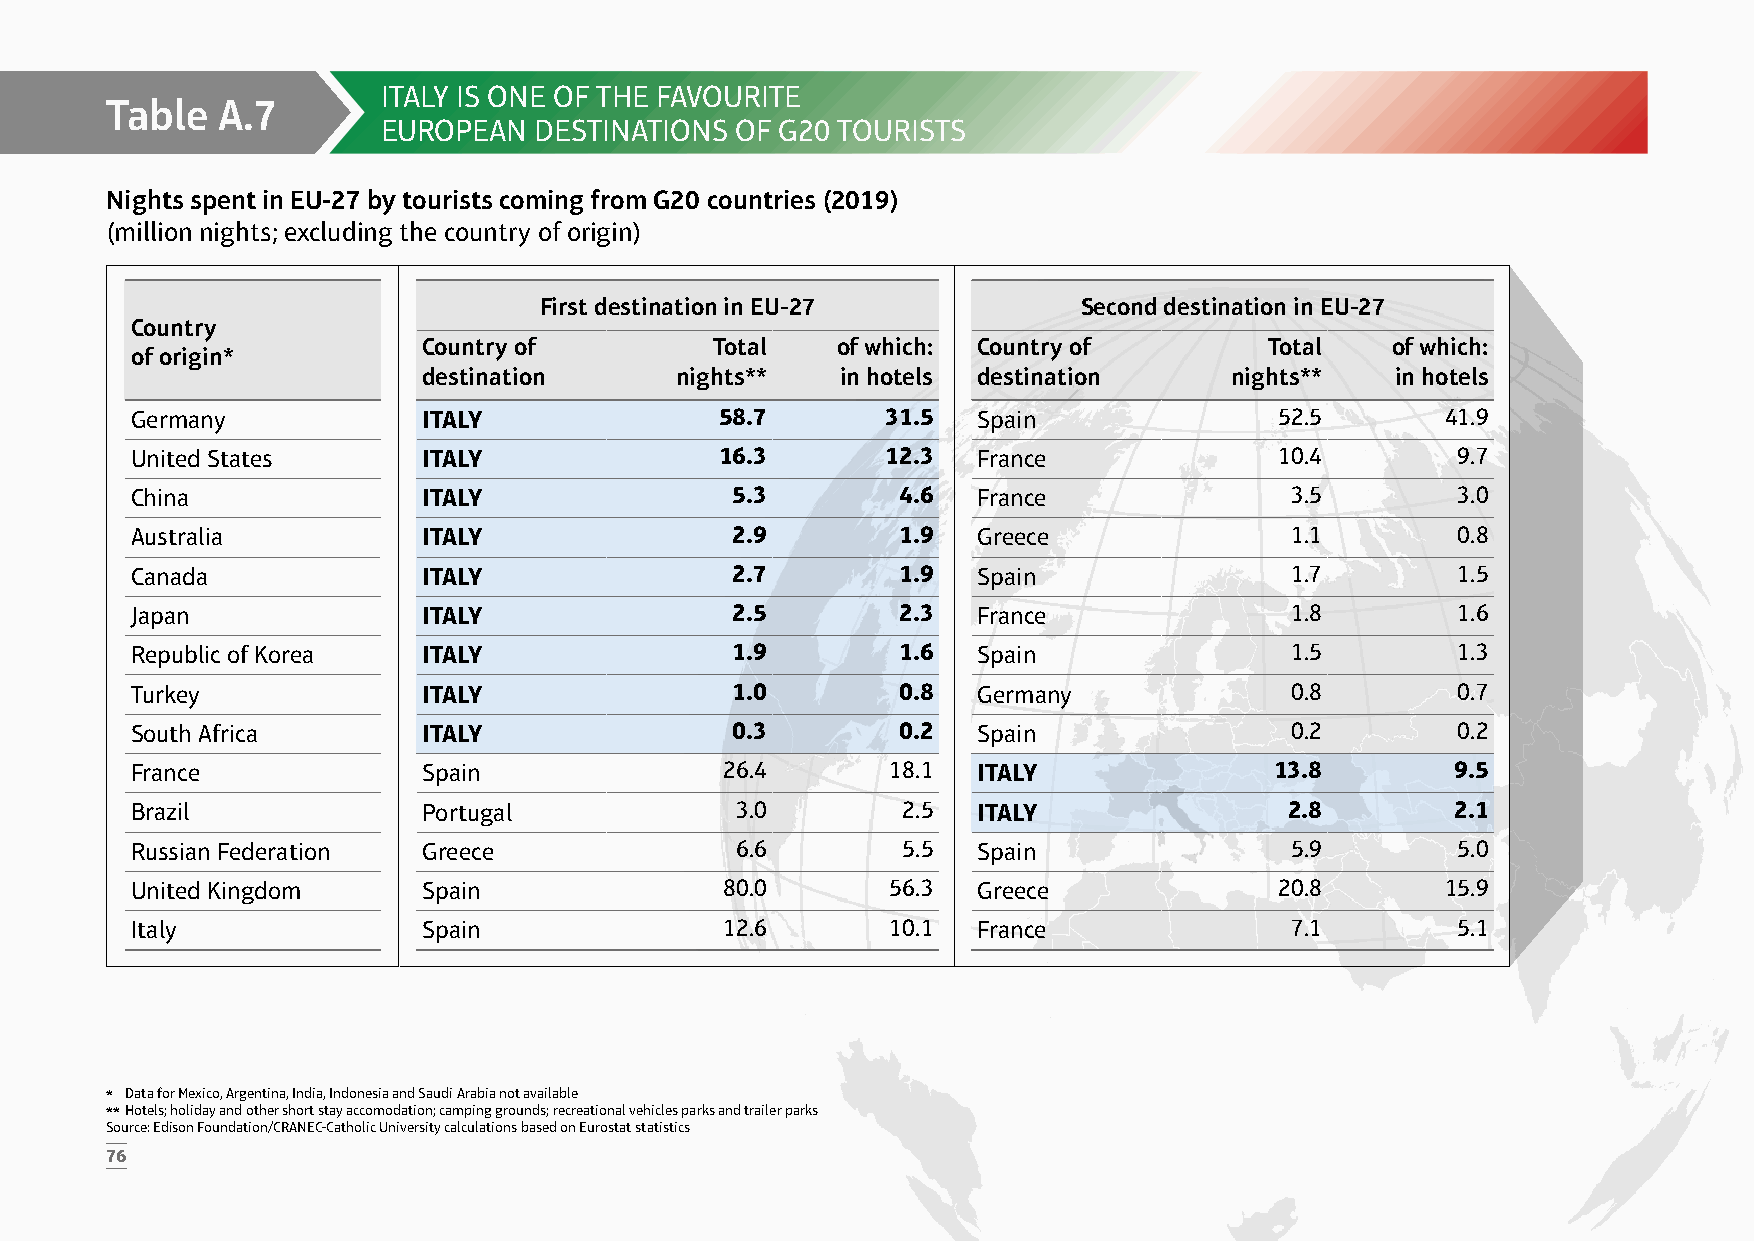
ITALY IS ONE OF THE FAVOURITE
 Table  A.7
 EUROPEAN  DESTINATIONS  OF G20 TOURISTS
 Nights spent in EU-27 by tourists coming from G20 countries (2019)
 (million nights; excluding the country of origin)
 First destination in EU-27          Second destination in EU-27
 Country
 Country of         Total   of which: Country of         Total   of which:
 of origin*
 destination      nights**   in hotels destination     nights**  in hotels
 Germany            ITALY               58.7       31.5  Spain               52.5       41.9
 United States      ITALY               16.3       12.3  France              10.4       9.7
 China              ITALY               5.3         4.6  France              3.5        3.0
 Australia          ITALY               2.9         1.9  Greece              1.1        0.8
 Canada             ITALY               2.7         1.9  Spain               1.7        1.5
 Japan              ITALY               2.5         2.3  France              1.8        1.6
 Republic of Korea  ITALY               1.9         1.6  Spain               1.5        1.3
 Turkey             ITALY               1.0         0.8  Germany             0.8        0.7
 South Africa       ITALY               0.3         0.2  Spain               0.2        0.2
 France             Spain               26.4       18.1  ITALY              13.8        9.5
 Brazil             Portugal             3.0        2.5  ITALY               2.8        2.1
 Russian Federation Greece               6.6        5.5  Spain               5.9        5.0
 United Kingdom     Spain               80.0       56.3  Greece              20.8       15.9
 Italy              Spain               12.6       10.1  France              7.1        5.1
 * Data for Mexico, Argentina, India, Indonesia and Saudi Arabia not available
 ** Hotels; holiday and other short stay accomodation; camping grounds; recreational vehicles parks and trailer parks
 Source: Edison Foundation/CRANEC-Catholic University calculations based on Eurostat statistics
 76